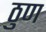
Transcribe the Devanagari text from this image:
ठुण